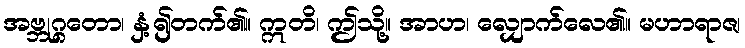
အဗ္ဘုဂ္ဂတော၊ နှံ့၍တက်၏။ ဣတိ၊ ဤသို့။ အာဟ၊ လျှောက်လေ၏။ မဟာရာဇ၊